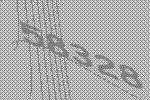
58328